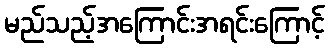
မည်သည့်အကြောင်းအရင်းကြောင့်